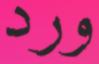
ورد